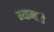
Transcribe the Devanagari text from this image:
ग्याम्त्सो